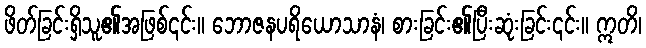
ဖိတ်ခြင်းရှိသူ၏အဖြစ်၎င်း။ ဘောဇနပရိယောသာနံ၊ စားခြင်း၏ပြီးဆုံးခြင်း၎င်း။ ဣတိ၊